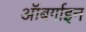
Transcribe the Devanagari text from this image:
ऑबर्गाइन